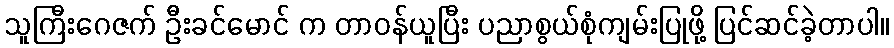
သူကြီးဂေဇက် ဦးခင်မောင် က တာဝန်ယူပြီး ပညာစွယ်စုံကျမ်းပြုဖို့ ပြင်ဆင်ခဲ့တာပါ။